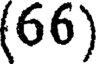
(66)